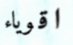
اقوياء